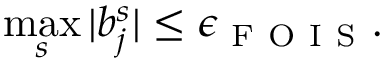
\displaystyle \operatorname* { m a x } _ { s } \vert b _ { j } ^ { s } \vert \leq \epsilon _ { \mathrm { ~ F ~ O ~ I ~ S ~ } } .